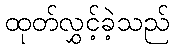
ထုတ်လွှင့်ခဲ့သည်